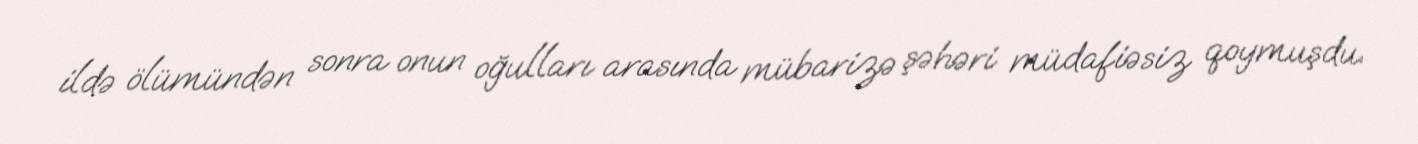
ildə ölümündən sonra onun oğulları arasında mübarizə şəhəri müdafiəsiz qoymuşdu.